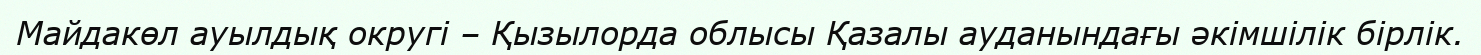
Майдакөл ауылдық округі – Қызылорда облысы Қазалы ауданындағы әкімшілік бірлік.